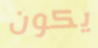
يكون